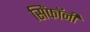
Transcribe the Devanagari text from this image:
सिंफॉनी